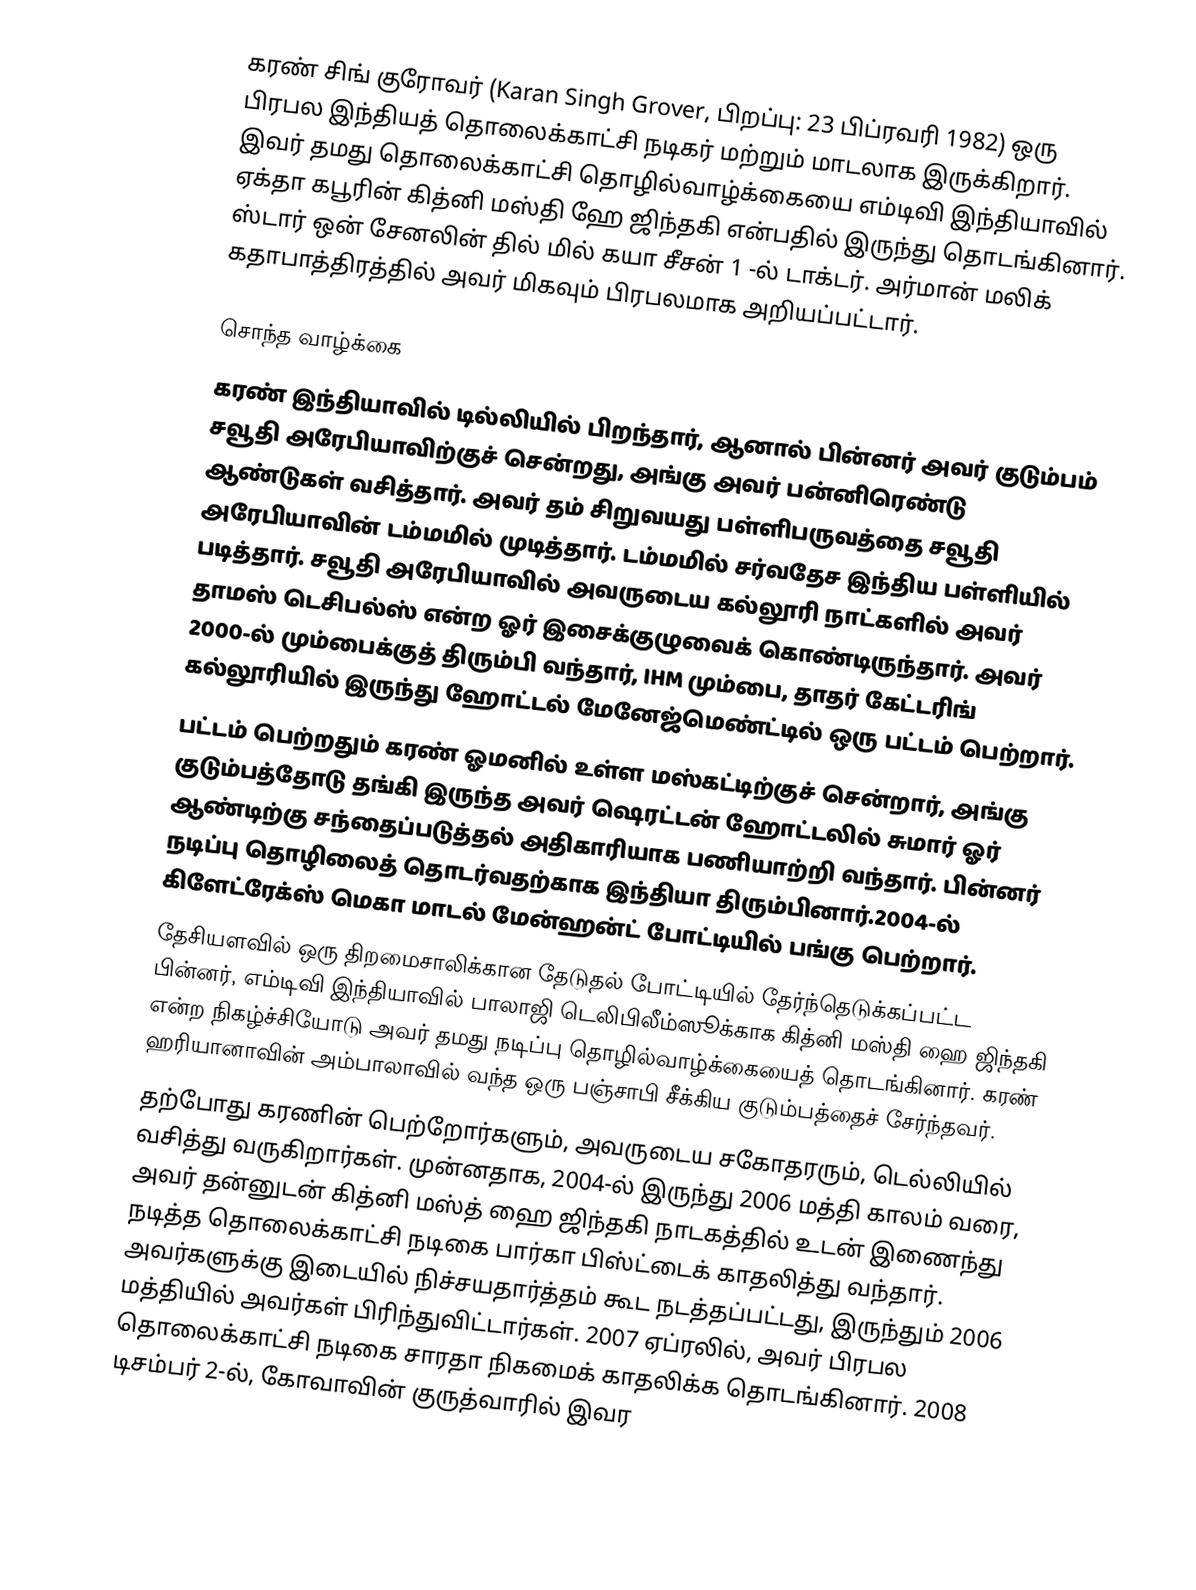
கரண் சிங் குரோவர் (Karan Singh Grover, பிறப்பு: 23 பிப்ரவரி 1982) ஒரு பிரபல இந்தியத் தொலைக்காட்சி நடிகர் மற்றும் மாடலாக இருக்கிறார். இவர் தமது தொலைக்காட்சி தொழில்வாழ்க்கையை எம்டிவி இந்தியாவில் ஏக்தா கபூரின் கித்னி மஸ்தி ஹே ஜிந்தகி என்பதில் இருந்து தொடங்கினார். ஸ்டார் ஒன் சேனலின் தில் மில் கயா சீசன் 1 -ல் டாக்டர். அர்மான் மலிக் கதாபாத்திரத்தில் அவர் மிகவும் பிரபலமாக அறியப்பட்டார்.

சொந்த வாழ்க்கை
கரண் இந்தியாவில் டில்லியில் பிறந்தார், ஆனால் பின்னர் அவர் குடும்பம் சவூதி அரேபியாவிற்குச் சென்றது, அங்கு அவர் பன்னிரெண்டு ஆண்டுகள் வசித்தார். அவர் தம் சிறுவயது பள்ளிபருவத்தை சவூதி அரேபியாவின் டம்மமில் முடித்தார். டம்மமில் சர்வதேச இந்திய பள்ளியில் படித்தார். சவூதி அரேபியாவில் அவருடைய கல்லூரி நாட்களில் அவர் தாமஸ் டெசிபல்ஸ் என்ற ஓர் இசைக்குழுவைக் கொண்டிருந்தார். அவர் 2000-ல் மும்பைக்குத் திரும்பி வந்தார், IHM மும்பை, தாதர் கேட்டரிங் கல்லூரியில் இருந்து ஹோட்டல் மேனேஜ்மெண்ட்டில் ஒரு பட்டம் பெற்றார்.
 பட்டம் பெற்றதும் கரண் ஓமனில் உள்ள மஸ்கட்டிற்குச் சென்றார், அங்கு குடும்பத்தோடு தங்கி இருந்த அவர் ஷெரட்டன் ஹோட்டலில் சுமார் ஓர் ஆண்டிற்கு சந்தைப்படுத்தல் அதிகாரியாக பணியாற்றி வந்தார். பின்னர் நடிப்பு தொழிலைத் தொடர்வதற்காக இந்தியா திரும்பினார்.2004-ல் கிளேட்ரேக்ஸ் மெகா மாடல் மேன்ஹன்ட் போட்டியில் பங்கு பெற்றார்.
தேசியளவில் ஒரு திறமைசாலிக்கான தேடுதல் போட்டியில் தேர்ந்தெடுக்கப்பட்ட பின்னர், எம்டிவி இந்தியாவில் பாலாஜி டெலிபிலீம்ஸூக்காக கித்னி மஸ்தி ஹை ஜிந்தகி என்ற நிகழ்ச்சியோடு அவர் தமது நடிப்பு தொழில்வாழ்க்கையைத் தொடங்கினார். கரண் ஹரியானாவின் அம்பாலாவில் வந்த ஒரு பஞ்சாபி சீக்கிய குடும்பத்தைச் சேர்ந்தவர்.
தற்போது கரணின் பெற்றோர்களும், அவருடைய சகோதரரும், டெல்லியில் வசித்து வருகிறார்கள். முன்னதாக, 2004-ல் இருந்து 2006 மத்தி காலம் வரை, அவர் தன்னுடன் கித்னி மஸ்த் ஹை ஜிந்தகி நாடகத்தில் உடன் இணைந்து நடித்த தொலைக்காட்சி நடிகை பார்கா பிஸ்ட்டைக் காதலித்து வந்தார். அவர்களுக்கு இடையில் நிச்சயதார்த்தம் கூட நடத்தப்பட்டது, இருந்தும் 2006 மத்தியில் அவர்கள் பிரிந்துவிட்டார்கள். 2007 ஏப்ரலில், அவர் பிரபல தொலைக்காட்சி நடிகை சாரதா நிகமைக் காதலிக்க தொடங்கினார். 2008 டிசம்பர் 2-ல், கோவாவின் குருத்வாரில் இவர